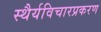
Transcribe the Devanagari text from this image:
स्थैर्यविचारप्रकरण